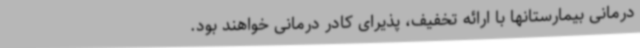
درمانی بیمارستانها با ارائه تخفیف، پذیرای کادر درمانی خواهند بود.